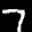
Label: 7